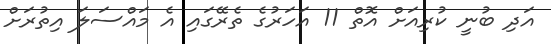
އަދި ބުނީ ކުރިއަށް އޮތް 11 އަހަރުގެ ތެރޭގައި އެ މައްސަލަ އިތުރަށް